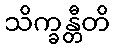
သိက္ခန္တီတိ